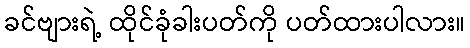
ခင်ဗျားရဲ့ ထိုင်ခုံခါးပတ်ကို ပတ်ထားပါလား။